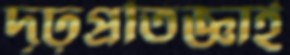
দৃঢ়প্রতিজ্ঞাই